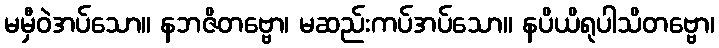
မမှီဝဲအပ်သော။ နဘဇိတဗ္ဗော၊ မဆည်းကပ်အပ်သော။ နပိယိရုပါသိတဗ္ဗော၊